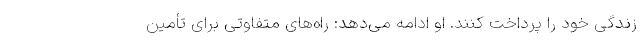
زندگی خود را پرداخت کنند. او ادامه می‌دهد: راه‌های متفاوتی برای تأمین